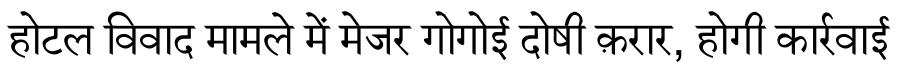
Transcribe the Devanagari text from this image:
होटल विवाद मामले में मेजर गोगोई दोषी क़रार, होगी कार्रवाई